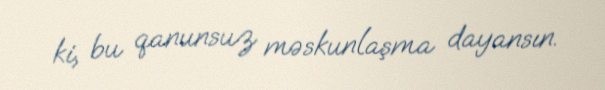
ki, bu qanunsuz məskunlaşma dayansın.